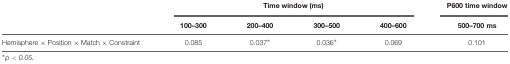
<table><thead><tr><td></td><td colspan="4"><b>Time window (ms)</b></td><td><b>P600 time window</b></td></tr><tr><td></td><td><b>100–300</b></td><td><b>200–400</b></td><td><b>300–500</b></td><td><b>400–600</b></td><td><b>500–700 ms</b></td></tr></thead><tbody><tr><td>Hemisphere × Position × Match × Constraint</td><td>0.085</td><td>0.037<sup>∗</sup></td><td>0.036<sup>∗</sup></td><td>0.069</td><td>0.101</td></tr></tbody></table>